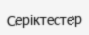
Серіктестер